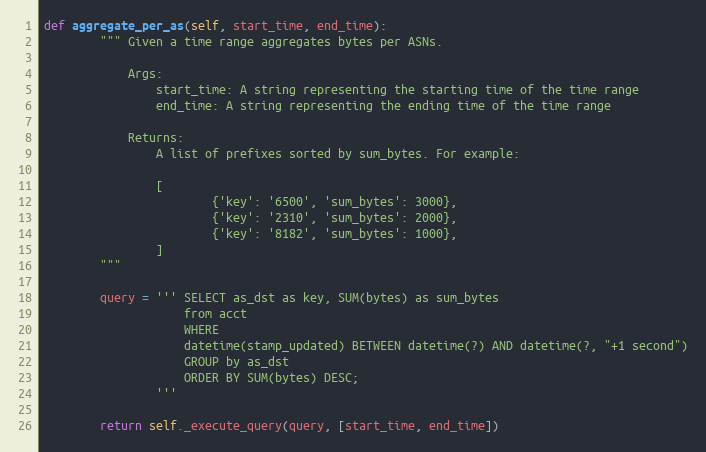
Language: Python
def aggregate_per_as(self, start_time, end_time):
        """ Given a time range aggregates bytes per ASNs.

            Args:
                start_time: A string representing the starting time of the time range
                end_time: A string representing the ending time of the time range

            Returns:
                A list of prefixes sorted by sum_bytes. For example:

                [
                        {'key': '6500', 'sum_bytes': 3000},
                        {'key': '2310', 'sum_bytes': 2000},
                        {'key': '8182', 'sum_bytes': 1000},
                ]
        """

        query = ''' SELECT as_dst as key, SUM(bytes) as sum_bytes
                    from acct
                    WHERE
                    datetime(stamp_updated) BETWEEN datetime(?) AND datetime(?, "+1 second")
                    GROUP by as_dst
                    ORDER BY SUM(bytes) DESC;
                '''

        return self._execute_query(query, [start_time, end_time])